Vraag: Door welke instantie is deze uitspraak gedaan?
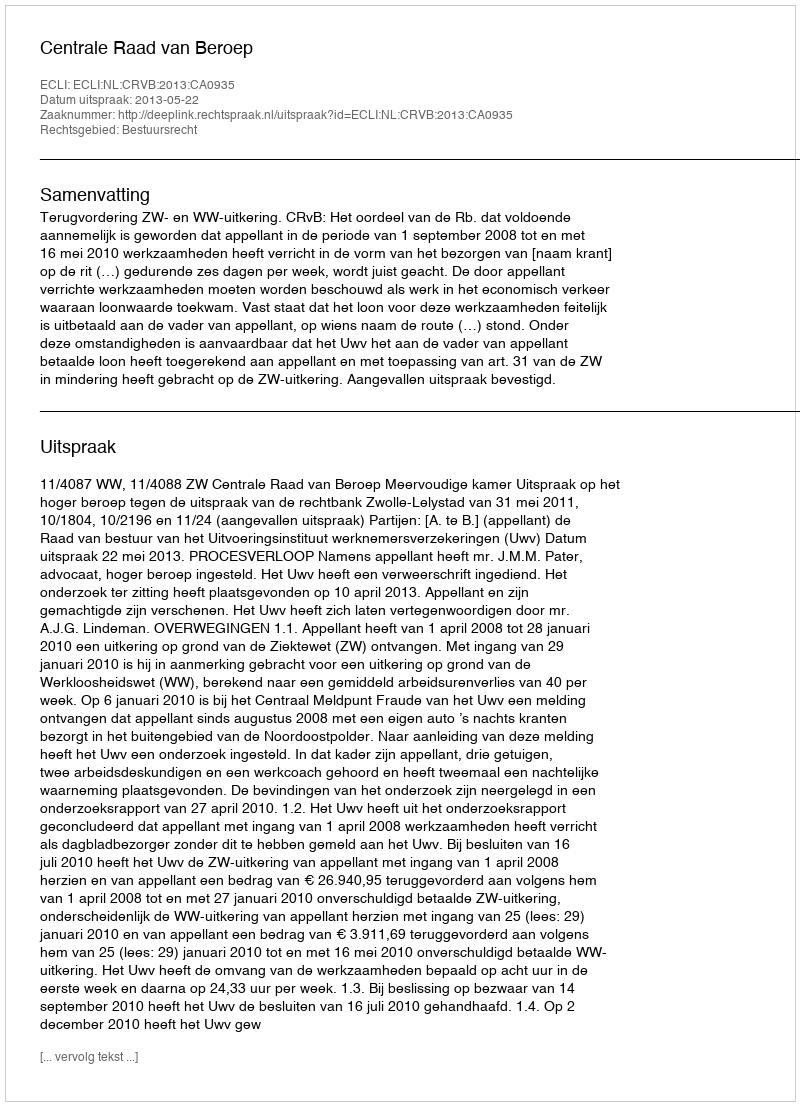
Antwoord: Centrale Raad van Beroep